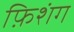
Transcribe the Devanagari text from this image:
फ़िशंग